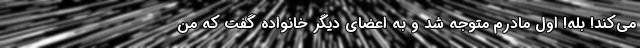
می‌کند! بله! اول مادرم متوجه شد و به اعضای دیگر خانواده گفت که من